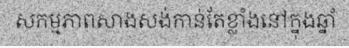
សកម្មភាពសាងសង់កាន់តែខ្លាំងនៅក្នុងឆ្នាំ